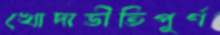
খোদাভীতিপূর্ণ